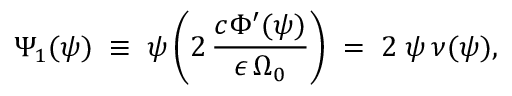
\Psi _ { 1 } ( \psi ) \; \equiv \; \psi \left( 2 \, \frac { c \Phi ^ { \prime } ( \psi ) } { \epsilon \, \Omega _ { 0 } } \right) \; = \; 2 \; \psi \, \nu ( \psi ) ,